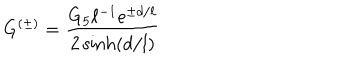
LaTeX: G ^ { ( \pm ) } = { \frac { G _ { 5 } \ell ^ { - 1 } e ^ { \pm d / \ell } } { 2 \sinh ( d / l ) } }